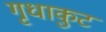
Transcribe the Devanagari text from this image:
गृधाकुट